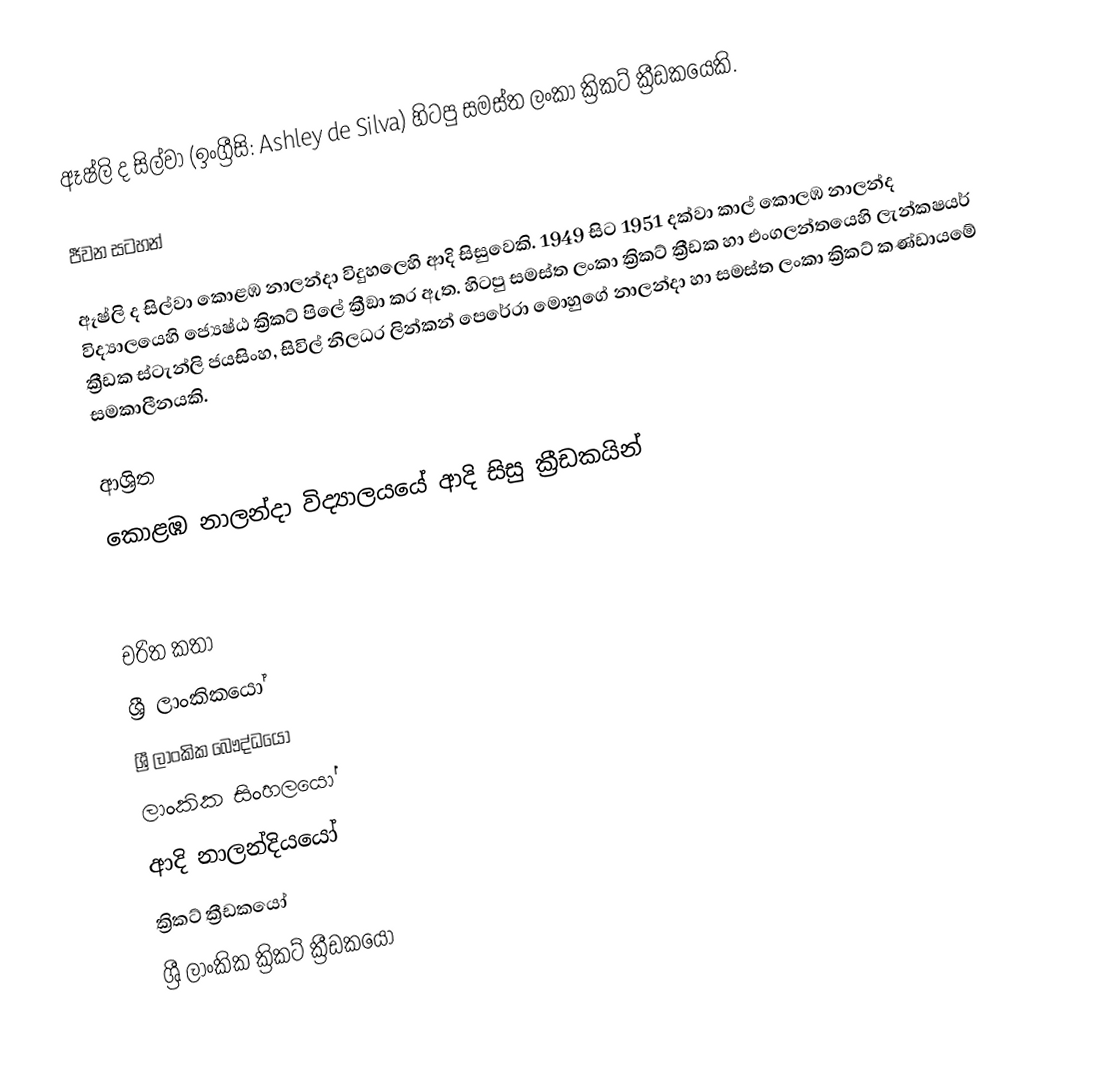
ඈෂ්ලි ද සිල්වා  (ඉංග්‍රීසි: Ashley de Silva) හිටපු සමස්ත ලංකා ක්‍රිකට් ක්‍රීඩකයෙකි.

ජීවන සටහන්

ඈෂ්ලි ද සිල්වා කොළඹ නාලන්දා විදුහලෙහි ආදි සිසුවෙකි. 1949 සිට 1951 දක්වා කාල් කොලඹ නාලන්ද  විද්‍යාලයෙහි  ජ්‍යෙෂ්ඨ ක්‍රිකට් පිලේ ක්‍රීඞා කර ඇත. හිටපු සමස්ත ලංකා ක්‍රිකට් ක්‍රීඩක හා එංගලන්තයෙහි ලැන්කෂයර් ක්‍රීඩක ස්ටැන්ලි ජයසිංහ, සිවිල් නිලධර ලින්කන් පෙරේරා මොහුගේ නාලන්දා හා සමස්ත ලංකා ක්‍රිකට් කණ්ඩායමේ සමකාලීනයකි.

ආශ්‍රිත
කොළඹ නාලන්දා විද්‍යාලයයේ ආදි සිසු ක්‍රීඩකයින්

චරිත කතා
ශ්‍රී ලාංකිකයෝ
ශ්‍රී ලාංකික බෞද්ධයෝ
ලාංකික සිංහලයෝ
ආදි නාලන්දියයෝ
ක්‍රිකට් ක්‍රීඩකයෝ
ශ්‍රී ලාංකික ක්‍රිකට් ක්‍රීඩකයෝ